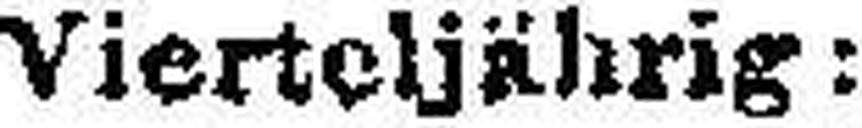
Vierteljährig: